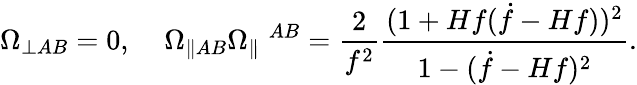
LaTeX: \Omega_{\perp AB}=0,\; \; \; \; \Omega_{\parallel AB}\Omega_{\parallel}\; ^{AB}=\frac{2}{f^{2}}\frac{(1+Hf(\dot{f}-Hf))^{2}}{1-(\dot{f}-Hf)^{2}}.